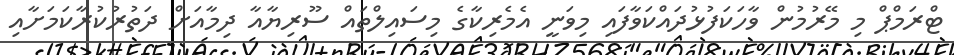
ޓްރަމްޕް މި މޭރުމުން ވާހަކަފުޅުދައްކަވާފައި މިވަނީ އެމެރިކާގެ މިސައިލްތައް ސޫރިޔާއާ ދިމާއަށް ދަތުރުކުރާކަމަށާއި